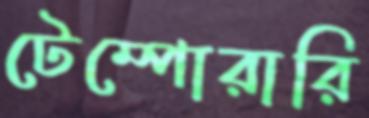
টেম্পোরারি